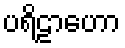
ပရိဠာဟော